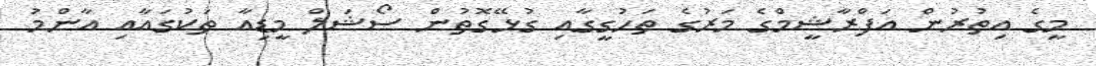
މީގެ އިތުރުން އަފްރާޝީމްގެ މަރުގެ ތަހުގީގާއި ގުޅޭގޮތުން ސޯޝަލް މީޑިއާ ތަކުގައާއި އާންމު